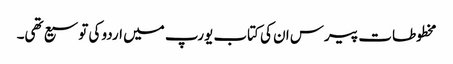
مخطوطات پیرس ان کی کتاب یورپ میں اردو کی توسیع تھی۔